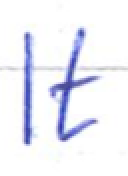
Text: It
Cross-out: clean
Writing tool: ballpoint